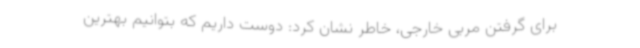
برای گرفتن مربی خارجی، خاطر نشان کرد: دوست داریم که بتوانیم بهترین